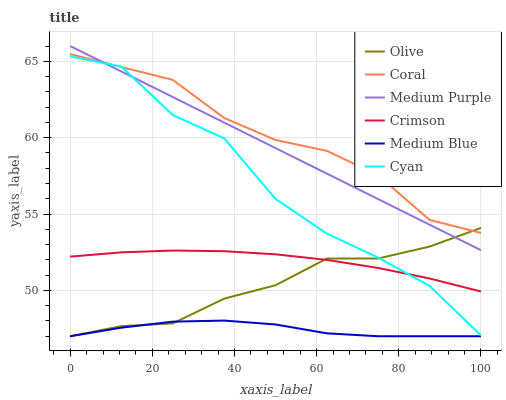
| xaxis_label | Olive | Coral | Medium Purple | Crimson | Medium Blue | Cyan |
 | --- | --- | --- | --- | --- | --- | --- |
 | 0 | 47 | 65.5 | 66 | 52.2 | 47 | 65.3 |
 | 12.5 | 47.7 | 64.6 | 64.3 | 52.5 | 47.6 | 64.6 |
 | 25 | 47.8 | 63.8 | 62.7 | 52.6 | 48 | 61.5 |
 | 37.5 | 49.5 | 61.3 | 61 | 52.6 | 48 | 60 |
 | 50 | 50.3 | 59.9 | 59.3 | 52.4 | 47.8 | 56 |
 | 62.5 | 52.1 | 59.1 | 57.6 | 52 | 47.2 | 53.7 |
 | 75 | 52.1 | 57.5 | 56 | 51.5 | 47 | 52.1 |
 | 87.5 | 52.9 | 54.6 | 54.3 | 50.8 | 47 | 50.3 |
 | 100 | 54.1 | 53.8 | 52.6 | 49.9 | 47 | 47 |